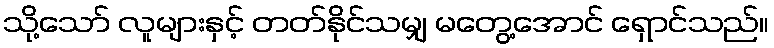
သို့သော် လူများနှင့် တတ်နိုင်သမျှ မတွေ့အောင် ရှောင်သည်။